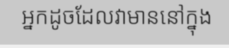
អ្នកដូចដែលវាមាននៅក្នុង